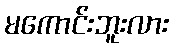
မကောင်းဘူးလား